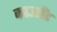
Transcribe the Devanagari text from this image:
काउसैंड